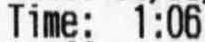
TIME: 1:06